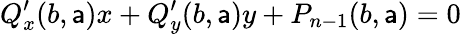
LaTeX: Q_{x}^{\prime}(b,\mathsf{a})x+Q_{y}^{\prime}(b,\mathsf{a})y+P_{n-1}(b,\mathsf{a})=0